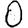
Digit: 0